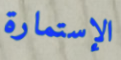
الإستمارة